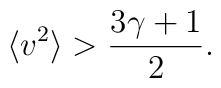
\langle v^2 \rangle   > \frac{3\gamma+1}{2}.